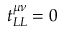
t _ { L L } ^ { \mu \nu } = 0